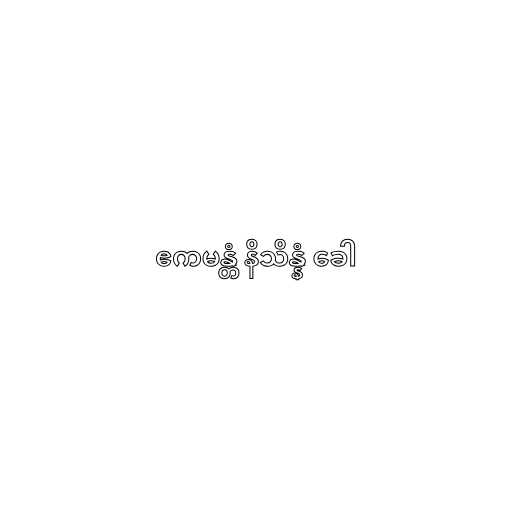
ဧကမန္တံ နိသိန္နံ ခေါ